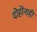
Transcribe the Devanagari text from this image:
दोहोंनाही